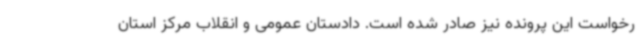
رخواست این پرونده نیز صادر شده است. دادستان عمومی و انقلاب مرکز استان